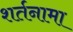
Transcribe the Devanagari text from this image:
शर्तनामा